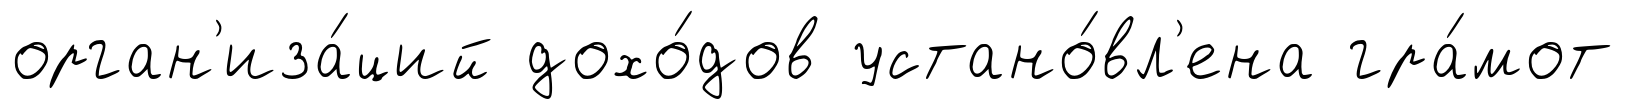
орган'иза́ций дохо́дов устано́вл'ена гра́мот